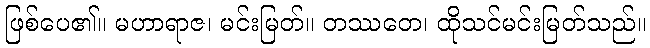
ဖြစ်ပေ၏။ မဟာရာဇ၊ မင်းမြတ်။ တဿတေ၊ ထိုသင်မင်းမြတ်သည်။